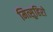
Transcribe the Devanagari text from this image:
मित्सुहिरो